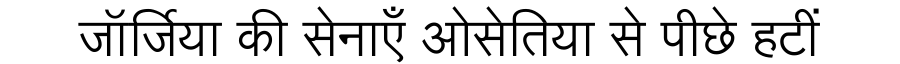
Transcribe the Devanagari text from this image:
जॉर्जिया की सेनाएँ ओसेतिया से पीछे हटीं